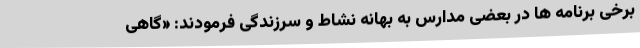
برخی برنامه ها در بعضی مدارس به بهانه نشاط و سرزندگی فرمودند: «گاهی